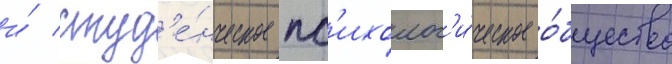
и́ студ'е́нческое пс'ихолог'и́ческое о́бщество